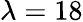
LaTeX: \lambda=18